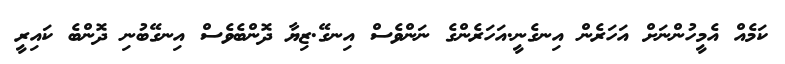
ކަމެއް އެމީހުންނަށް އަހަރެން އިނގެނީ.އަހަރެންގެ ނަންވެސް އިނގޭ.ޒިޔާ ދޮންބެވެސް އިނގޭބުނި ދޮންބެ ކައިރީ